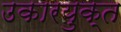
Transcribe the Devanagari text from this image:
उकारयुक्त